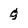
Character: g